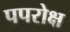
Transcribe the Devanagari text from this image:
पपरोक्ष